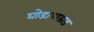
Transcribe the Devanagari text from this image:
घोडापछाड